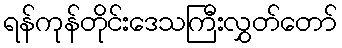
ရန်ကုန်တိုင်းဒေသကြီးလွှတ်တော်